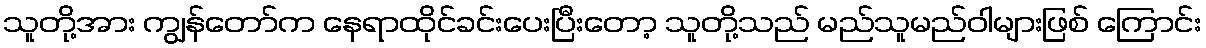
သူတို့အား ကျွန်တော်က နေရာထိုင်ခင်းပေးပြီးတော့ သူတို့သည် မည်သူမည်ဝါများဖြစ် ကြောင်း